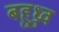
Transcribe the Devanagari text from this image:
बहुध्रुव